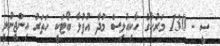
ސީ - 130 މަރުކާގެ ހާކިއުލިސް މުދާ އުފުލާ ބޯޓަކީ ހަތަރު އިންޖީނުލީ